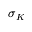
\sigma _ { K }